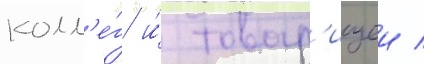
колл'е́г и́ товар'ищеи /